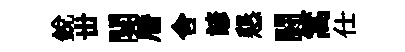
銳丗闋暦舍諺懇闘篙仕